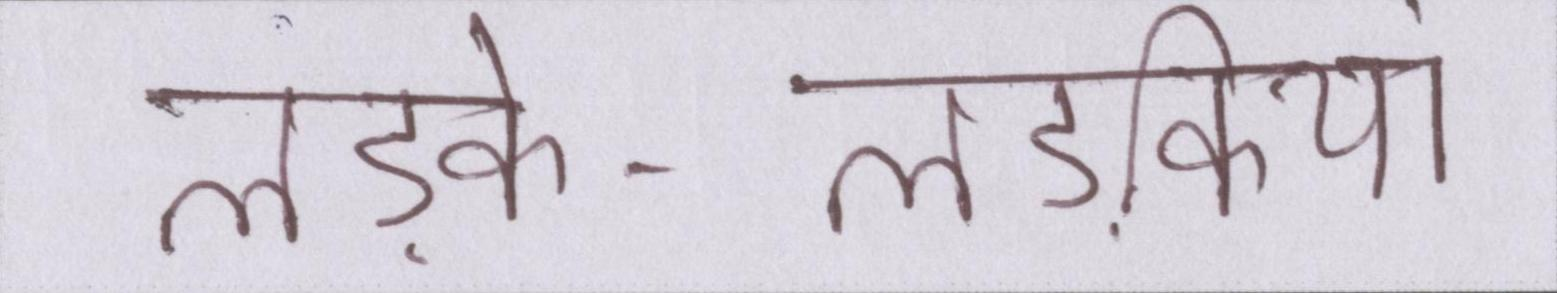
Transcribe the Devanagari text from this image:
लड़के-लड़कियां